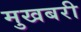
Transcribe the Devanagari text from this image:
मुखबरी